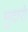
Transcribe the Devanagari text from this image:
मुदारों